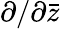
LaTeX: \partial/\partial{\bar{z}}